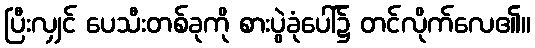
ပြီးလျှင် ပေသီးတစ်ခုကို စားပွဲခုံပေါ်၌ တင်လိုက်လေ၏။